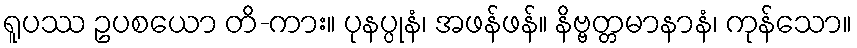
ရူပဿ ဥပစယော တိ-ကား။ ပုနပ္ပုနံ၊ အဖန်ဖန်။ နိဗ္ဗတ္တမာနာနံ၊ ကုန်သော။